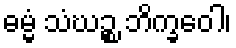
ဓမ္မံ သံဃဉ္စ ဘိက္ခဝေါ၊